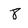
Character: 8